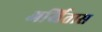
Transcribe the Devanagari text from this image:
अर्खितास